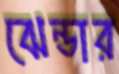
ঝেন্ডার